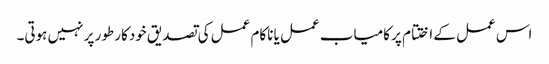
اس عمل کے اختتام پر کامیاب عمل یا ناکام عمل کی تصدیق خودکار طور پر نہیں ہوتی۔